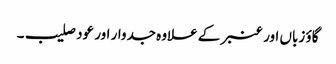
گاؤ زباں اور عنبر کے علاوہ جدوار اور عود صلیب۔